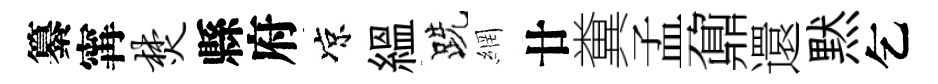
纂𡩋焚縣府凉緼跣網廿糞孟鼐還黙乞